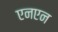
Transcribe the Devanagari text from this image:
एनएन